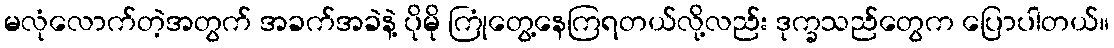
မလုံလောက်တဲ့အတွက် အခက်အခဲနဲ့ ပိုမို ကြုံတွေ့နေကြရတယ်လို့လည်း ဒုက္ခသည်တွေက ပြောပါတယ်။